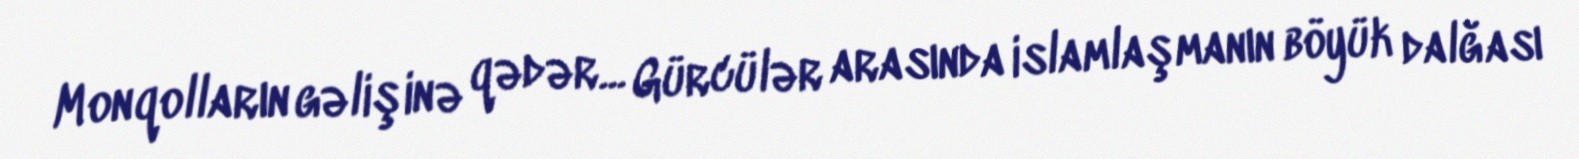
Monqolların gəlişinə qədər... Gürcülər arasında islamlaşmanın böyük dalğası